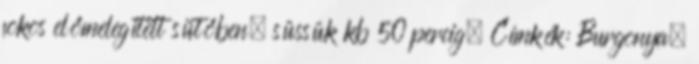
fokos előmelegített sütőben, süssük kb 50 percig. Címkék: Burgonya,